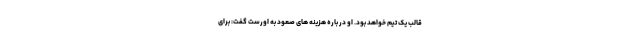
قالب یک تیم خواهد بود. او در باره هزینه های صعود به اورست گفت: برای